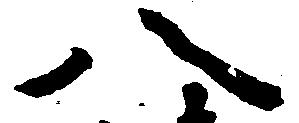
八